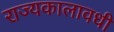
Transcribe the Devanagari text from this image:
राज्यकालावधी